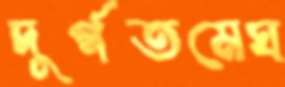
দুর্গতমেঘ